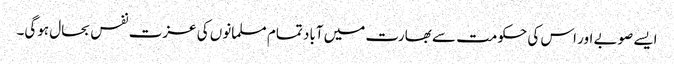
ایسے صوبے اور اس کی حکومت سے بھارت میں آباد تمام مسلمانوں کی عزت نفس بحال ہوگی۔